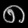
Digit: ၈